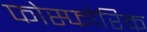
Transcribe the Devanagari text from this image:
फोस्फोरिक